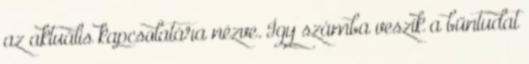
az aktuális kapcsolatára nézve. Így számba veszik a bűntudat